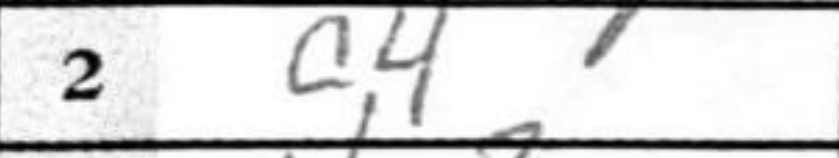
Transcription: c4